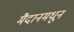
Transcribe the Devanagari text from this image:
मैदानमधून